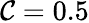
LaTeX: \mathcal{C}=0.5